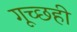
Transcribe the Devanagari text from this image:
गूच्छही